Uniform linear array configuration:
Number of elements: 12
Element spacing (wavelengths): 0.25
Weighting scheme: hamming
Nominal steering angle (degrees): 45
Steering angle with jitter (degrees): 45.356
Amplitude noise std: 0.05
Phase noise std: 0.05

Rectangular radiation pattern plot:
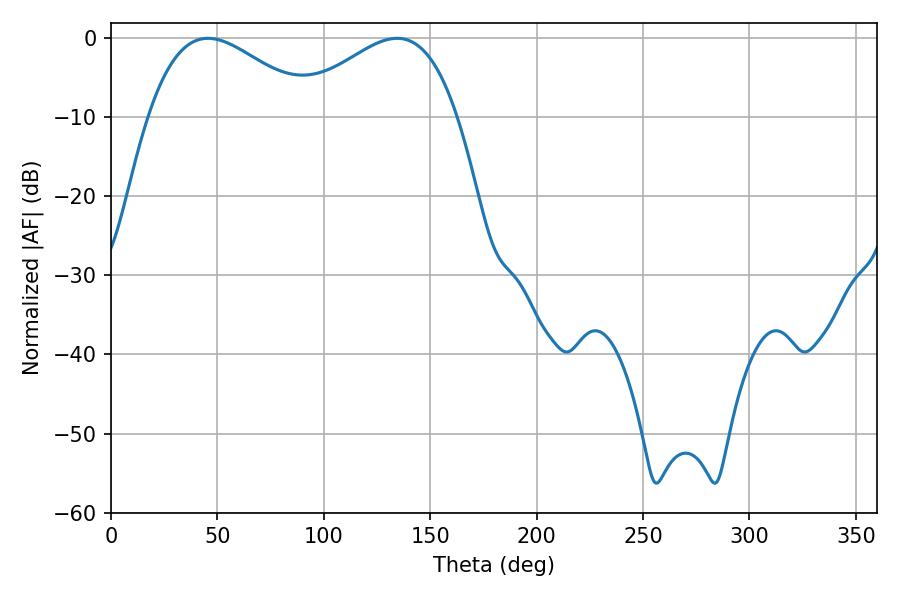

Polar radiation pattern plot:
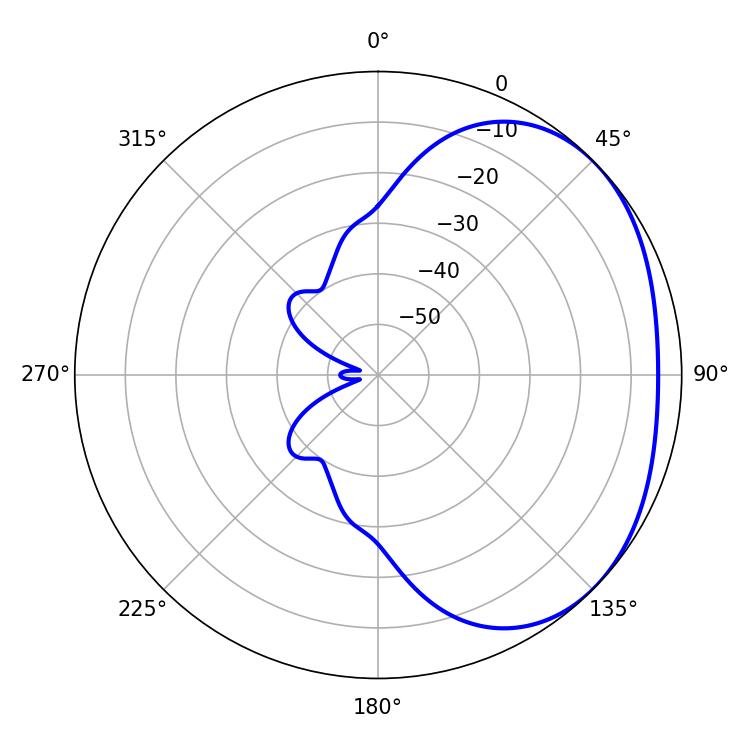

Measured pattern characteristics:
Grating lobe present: FALSE
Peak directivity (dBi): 2.322
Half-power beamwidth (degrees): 41.94
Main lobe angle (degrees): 45.54